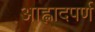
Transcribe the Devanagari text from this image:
आह्लादपर्ण